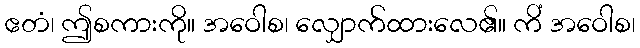
ဧတံ၊ ဤစကားကို။ အဝေါစ၊ လျှောက်ထားလေ၏။ ကိံ အဝေါစ၊